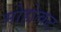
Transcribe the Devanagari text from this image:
मोहोत्कट